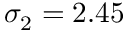
\sigma _ { 2 } = 2 . 4 5